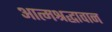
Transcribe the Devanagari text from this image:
आत्मश्रद्धावान